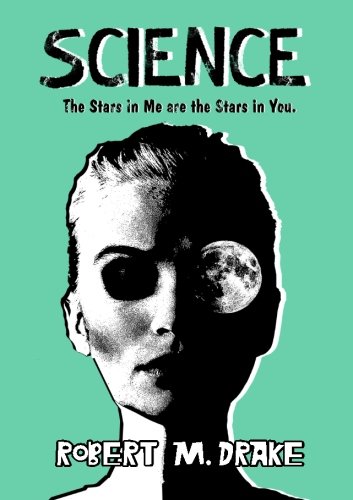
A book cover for Science: The Stars in Me are the Stars in You.; Robert M. Drake; Literature & Fiction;